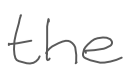
Text: the
Cross-out: clean
Writing tool: digital_gray